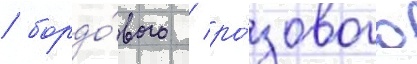
/ бордо́вого / ро́зового